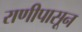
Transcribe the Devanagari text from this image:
राणीपासून